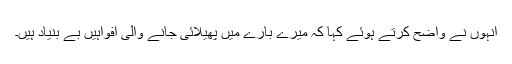
انہوں نے واضح کرتے ہوئے کہا کہ میرے بارے میں پھیلائی جانے والی افواہیں بے بنیاد ہیں۔